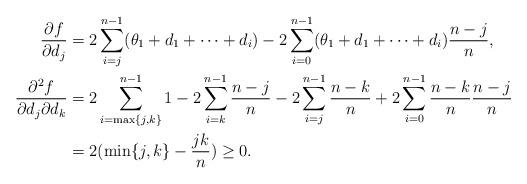
LaTeX: \begin{align*}\frac{\partial f}{\partial d_j}&=2\sum_{i=j}^{n-1}(\theta_1+d_1+\dots+d_i)-2\sum_{i=0}^{n-1}(\theta_1+d_1+\dots+d_i)\frac{n-j}{n},\\\frac{\partial^2 f}{\partial d_j\partial d_k}&=2\sum_{i=\max\{j,k\}}^{n-1}1-2\sum_{i=k}^{n-1}\frac{n-j}{n}-2\sum_{i=j}^{n-1}\frac{n-k}{n}+2\sum_{i=0}^{n-1}\frac{n-k}{n}\frac{n-j}{n}\\&=2(\min\{j,k\}-\frac{jk}{n})\ge 0.\end{align*}